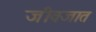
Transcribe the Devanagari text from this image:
जीवजात